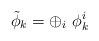
LaTeX: \begin{align*}\tilde \phi_k = \oplus_i\ \phi_k^i\end{align*}